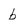
Character: b